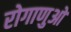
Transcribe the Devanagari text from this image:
रोगाणुओ